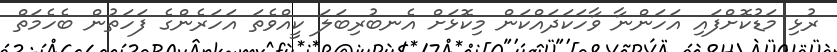
ރުޅި މަޑުކޮށްފައި އަހަންނާ ވާހަކަދައްކަން މިކޮޅަށް އެނބުރިބަލަ ކީއްވެތަ އަހަރެންގެ ފަހަތުން ބެހެމަތް